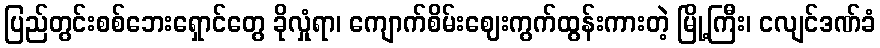
ပြည်တွင်းစစ်ဘေးရှောင်တွေ ခိုလှုံရာ၊ ကျောက်စိမ်းဈေးကွက်ထွန်းကားတဲ့ မြို့ကြီး၊ ငလျင်ဒဏ်ခံ